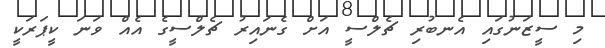
މި ސީޒަނުގައި އެނބުރި ޗެލްސީ އަށް ގެނައިރު ޗެލްސީގެ އެއް ވަނަ ކީޕަރަކީ